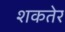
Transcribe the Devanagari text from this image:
शकतेर